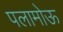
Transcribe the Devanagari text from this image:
पलामोऊ